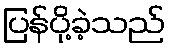
ပြန်ပို့ခဲ့သည်